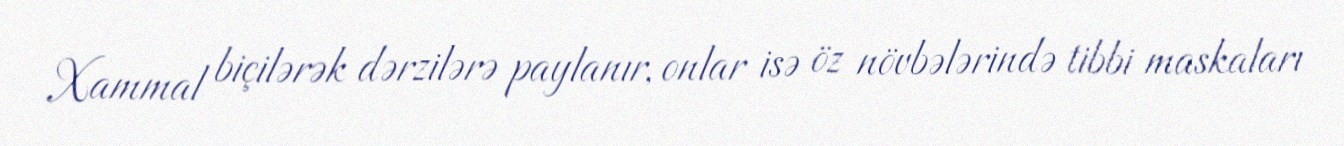
Xammal biçilərək dərzilərə paylanır, onlar isə öz növbələrində tibbi maskaları